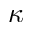
\kappa